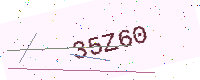
Text: 35Z60